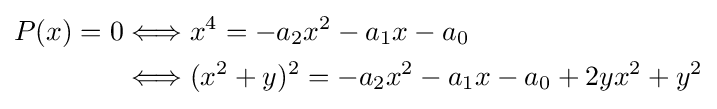
{\begin{aligned}P(x)=0&\Longleftrightarrow x^{4}=-a_{2}x^{2}-a_{1}x-a_{0}\\&\Longleftrightarrow (x^{2}+y)^{2}=-a_{2}x^{2}-a_{1}x-a_{0}+2yx^{2}+y^{2}\end{aligned}}